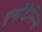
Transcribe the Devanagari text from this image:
एर्गोटैमिन्स